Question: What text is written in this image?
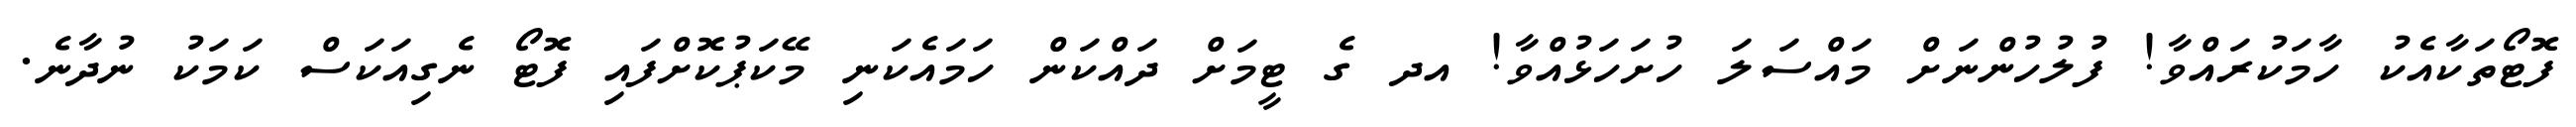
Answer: ފޮޓޯތަކާއެކު ހާމަކުރައްވާ! ފުލުހުންނަށް މައްސަލަ ހުށަހަޅުއްވާ! އދ ގެ ޓީމަށް ދައްކަން ހަމައެކަނި މޭކަޕުކޮށްފައި ފޮޓޯ ނެގިއަކަސް ކަމަކު ނުދާނެ.